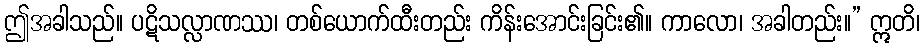
ဤအခါသည်။ ပဋိသလ္လာဏဿ၊ တစ်ယောက်ထီးတည်း ကိန်းအောင်းခြင်း၏။ ကာလော၊ အခါတည်း။” ဣတိ၊